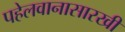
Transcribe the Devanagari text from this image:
पहेलवानासारखी